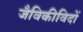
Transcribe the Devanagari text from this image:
जैविकीविदों